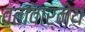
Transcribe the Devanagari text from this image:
वतावार्नेय